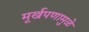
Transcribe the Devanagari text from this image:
मूर्खपणामुळे